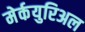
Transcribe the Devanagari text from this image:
मेर्कयुरिअल